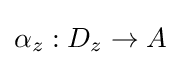
\alpha _{z}:D_{z}\to A